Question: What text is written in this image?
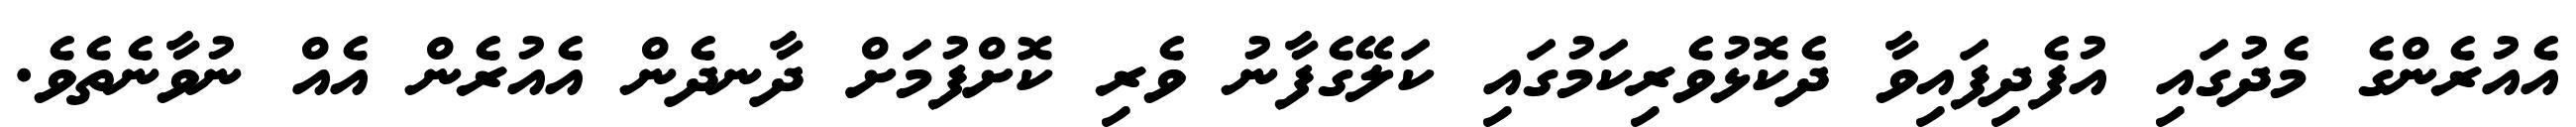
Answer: އެއުރެންގެ މެދުގައި އުފެދިފައިވާ ދެކޮޅުވެރިކަމުގައި ކަލޭގެފާނު ވެރި ކޮށްފުމަށް ދާނދެން އެއުރެން އެއް ނުވާނެތެވެ.